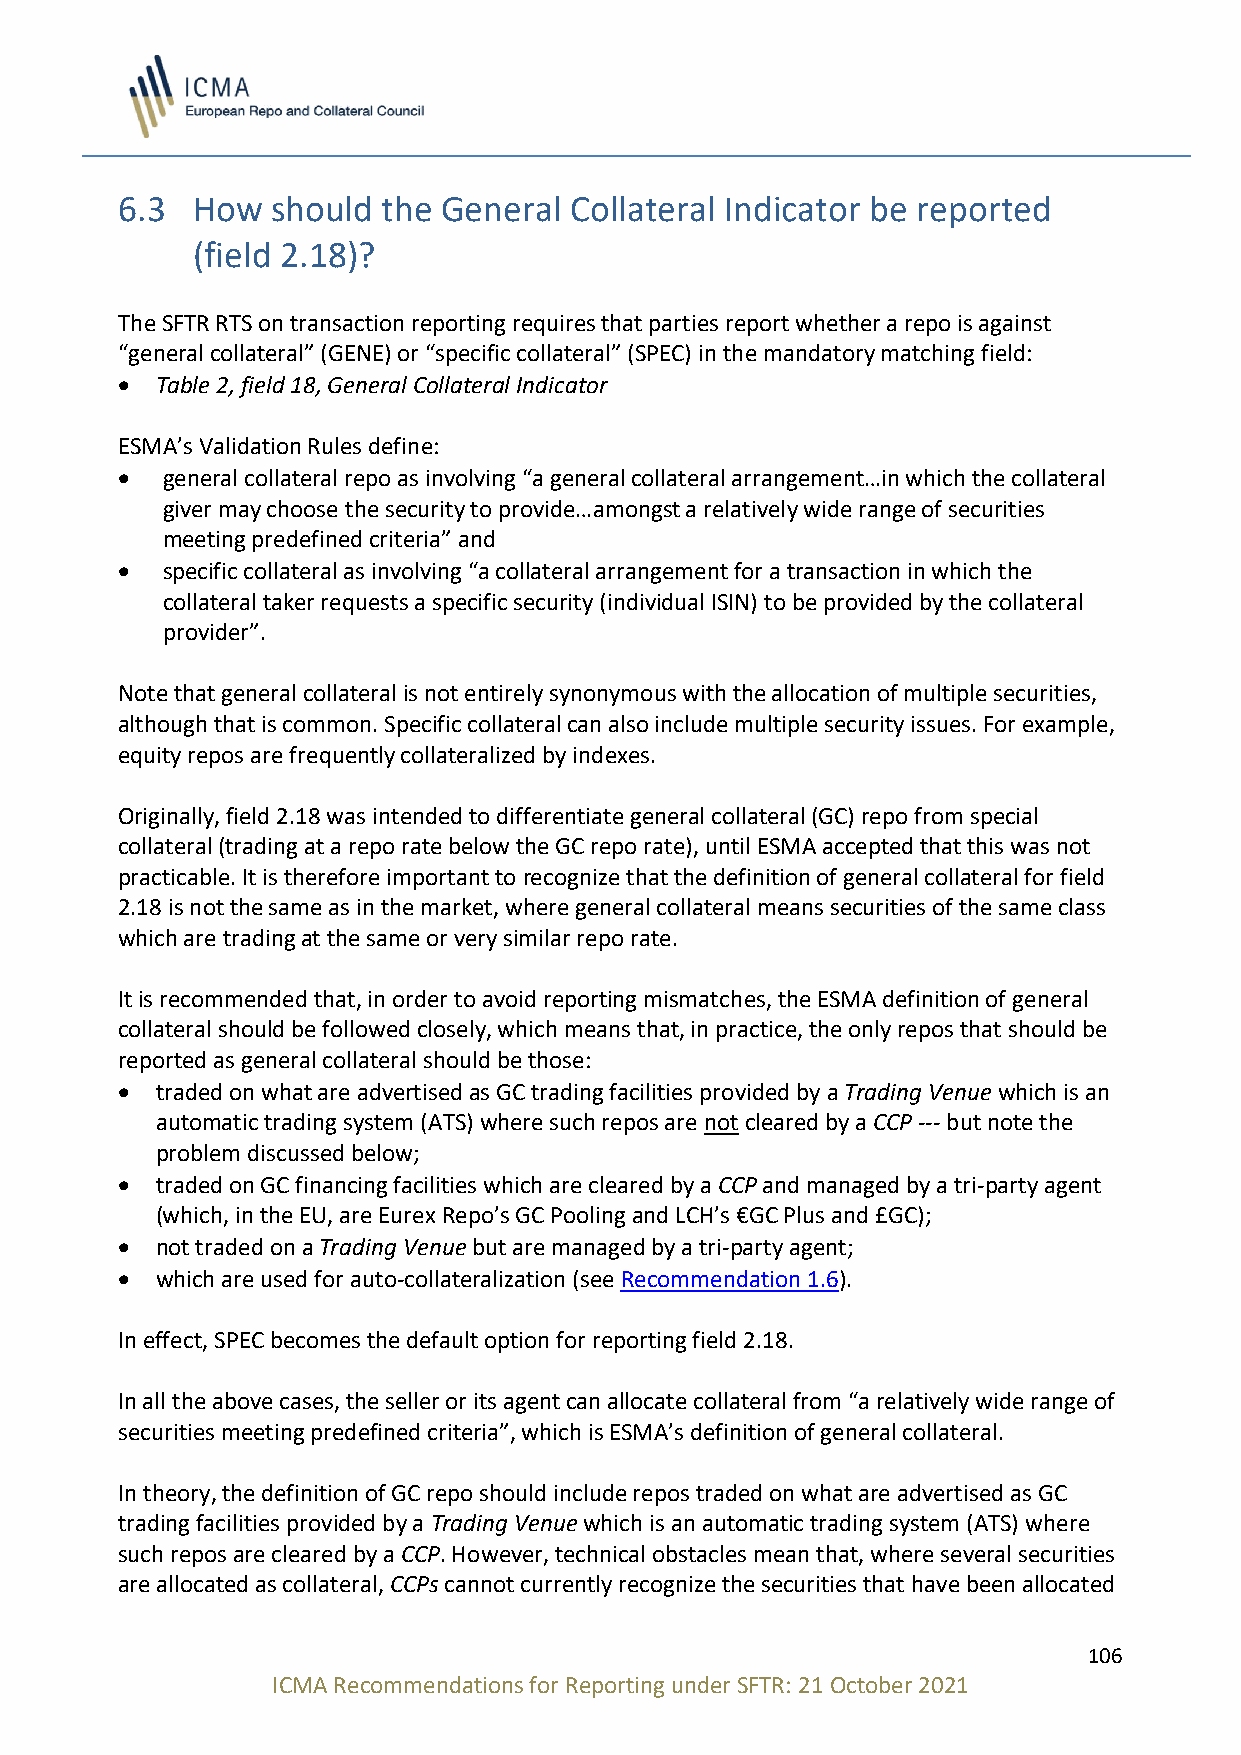
6.3  How  should the General  Collateral Indicator be reported
 (field 2.18)?
 The SFTR RTS on transaction reporting requires that parties report whether a repo is against
 “general collateral” (GENE) or “specific collateral” (SPEC) in the mandatory matching field:
 • Table 2, field 18, General Collateral Indicator
 ESMA’s Validation Rules define:
 •  general collateral repo as involving “a general collateral arrangement…in which the collateral
 giver may choose the security to provide…amongst a relatively wide range of securities
 meeting predefined criteria” and
 •  specific collateral as involving “a collateral arrangement for a transaction in which the
 collateral taker requests a specific security (individual ISIN) to be provided by the collateral
 provider”.
 Note that general collateral is not entirely synonymous with the allocation of multiple securities,
 although that is common. Specific collateral can also include multiple security issues. For example,
 equity repos are frequently collateralized by indexes.
 Originally, field 2.18 was intended to differentiate general collateral (GC) repo from special
 collateral (trading at a repo rate below the GC repo rate), until ESMA accepted that this was not
 practicable. It is therefore important to recognize that the definition of general collateral for field
 2.18 is not the same as in the market, where general collateral means securities of the same class
 which are trading at the same or very similar repo rate.
 It is recommended that, in order to avoid reporting mismatches, the ESMA definition of general
 collateral should be followed closely, which means that, in practice, the only repos that should be
 reported as general collateral should be those:
 • traded on what are advertised as GC trading facilities provided by a Trading Venue which is an
 automatic trading system (ATS) where such repos are not cleared by a CCP --- but note the
 problem discussed below;
 • traded on GC financing facilities which are cleared by a CCP and managed by a tri-party agent
 (which, in the EU, are Eurex Repo’s GC Pooling and LCH’s €GC Plus and £GC);
 • not traded on a Trading Venue but are managed by a tri-party agent;
 • which are used for auto-collateralization (see Recommendation 1.6).
 In effect, SPEC becomes the default option for reporting field 2.18.
 In all the above cases, the seller or its agent can allocate collateral from “a relatively wide range of
 securities meeting predefined criteria”, which is ESMA’s definition of general collateral.
 In theory, the definition of GC repo should include repos traded on what are advertised as GC
 trading facilities provided by a Trading Venue which is an automatic trading system (ATS) where
 such repos are cleared by a CCP. However, technical obstacles mean that, where several securities
 are allocated as collateral, CCPs cannot currently recognize the securities that have been allocated
 106
 ICMA Recommendations for Reporting under SFTR: 21 October 2021